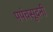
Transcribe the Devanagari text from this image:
पपंचसूदनी